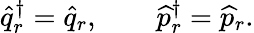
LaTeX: \widehat q_{r}^{\dagger}=\widehat q_{r},\qquad\widehat p_{r}^{\dagger}=\widehat p_{r}.